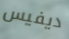
ديفيس